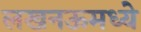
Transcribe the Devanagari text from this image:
लखनऊमध्ये